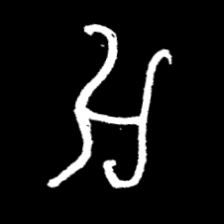
Pyu character \u2014 Myanmar letter: အ (romanized: a)